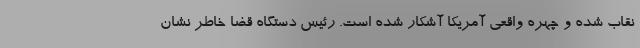
نقاب شده و چهره واقعی آمریکا آشکار شده است. رئیس دستگاه قضا خاطر نشان